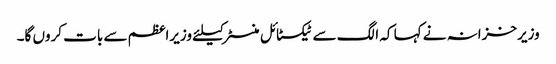
وزیرخزانہ نے کہا کہ الگ سے ٹیکسٹائل منسٹر کیلئے وزیراعظم سے بات کروں گا۔